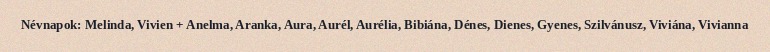
Névnapok: Melinda, Vivien + Anelma, Aranka, Aura, Aurél, Aurélia, Bibiána, Dénes, Dienes, Gyenes, Szilvánusz, Viviána, Vivianna